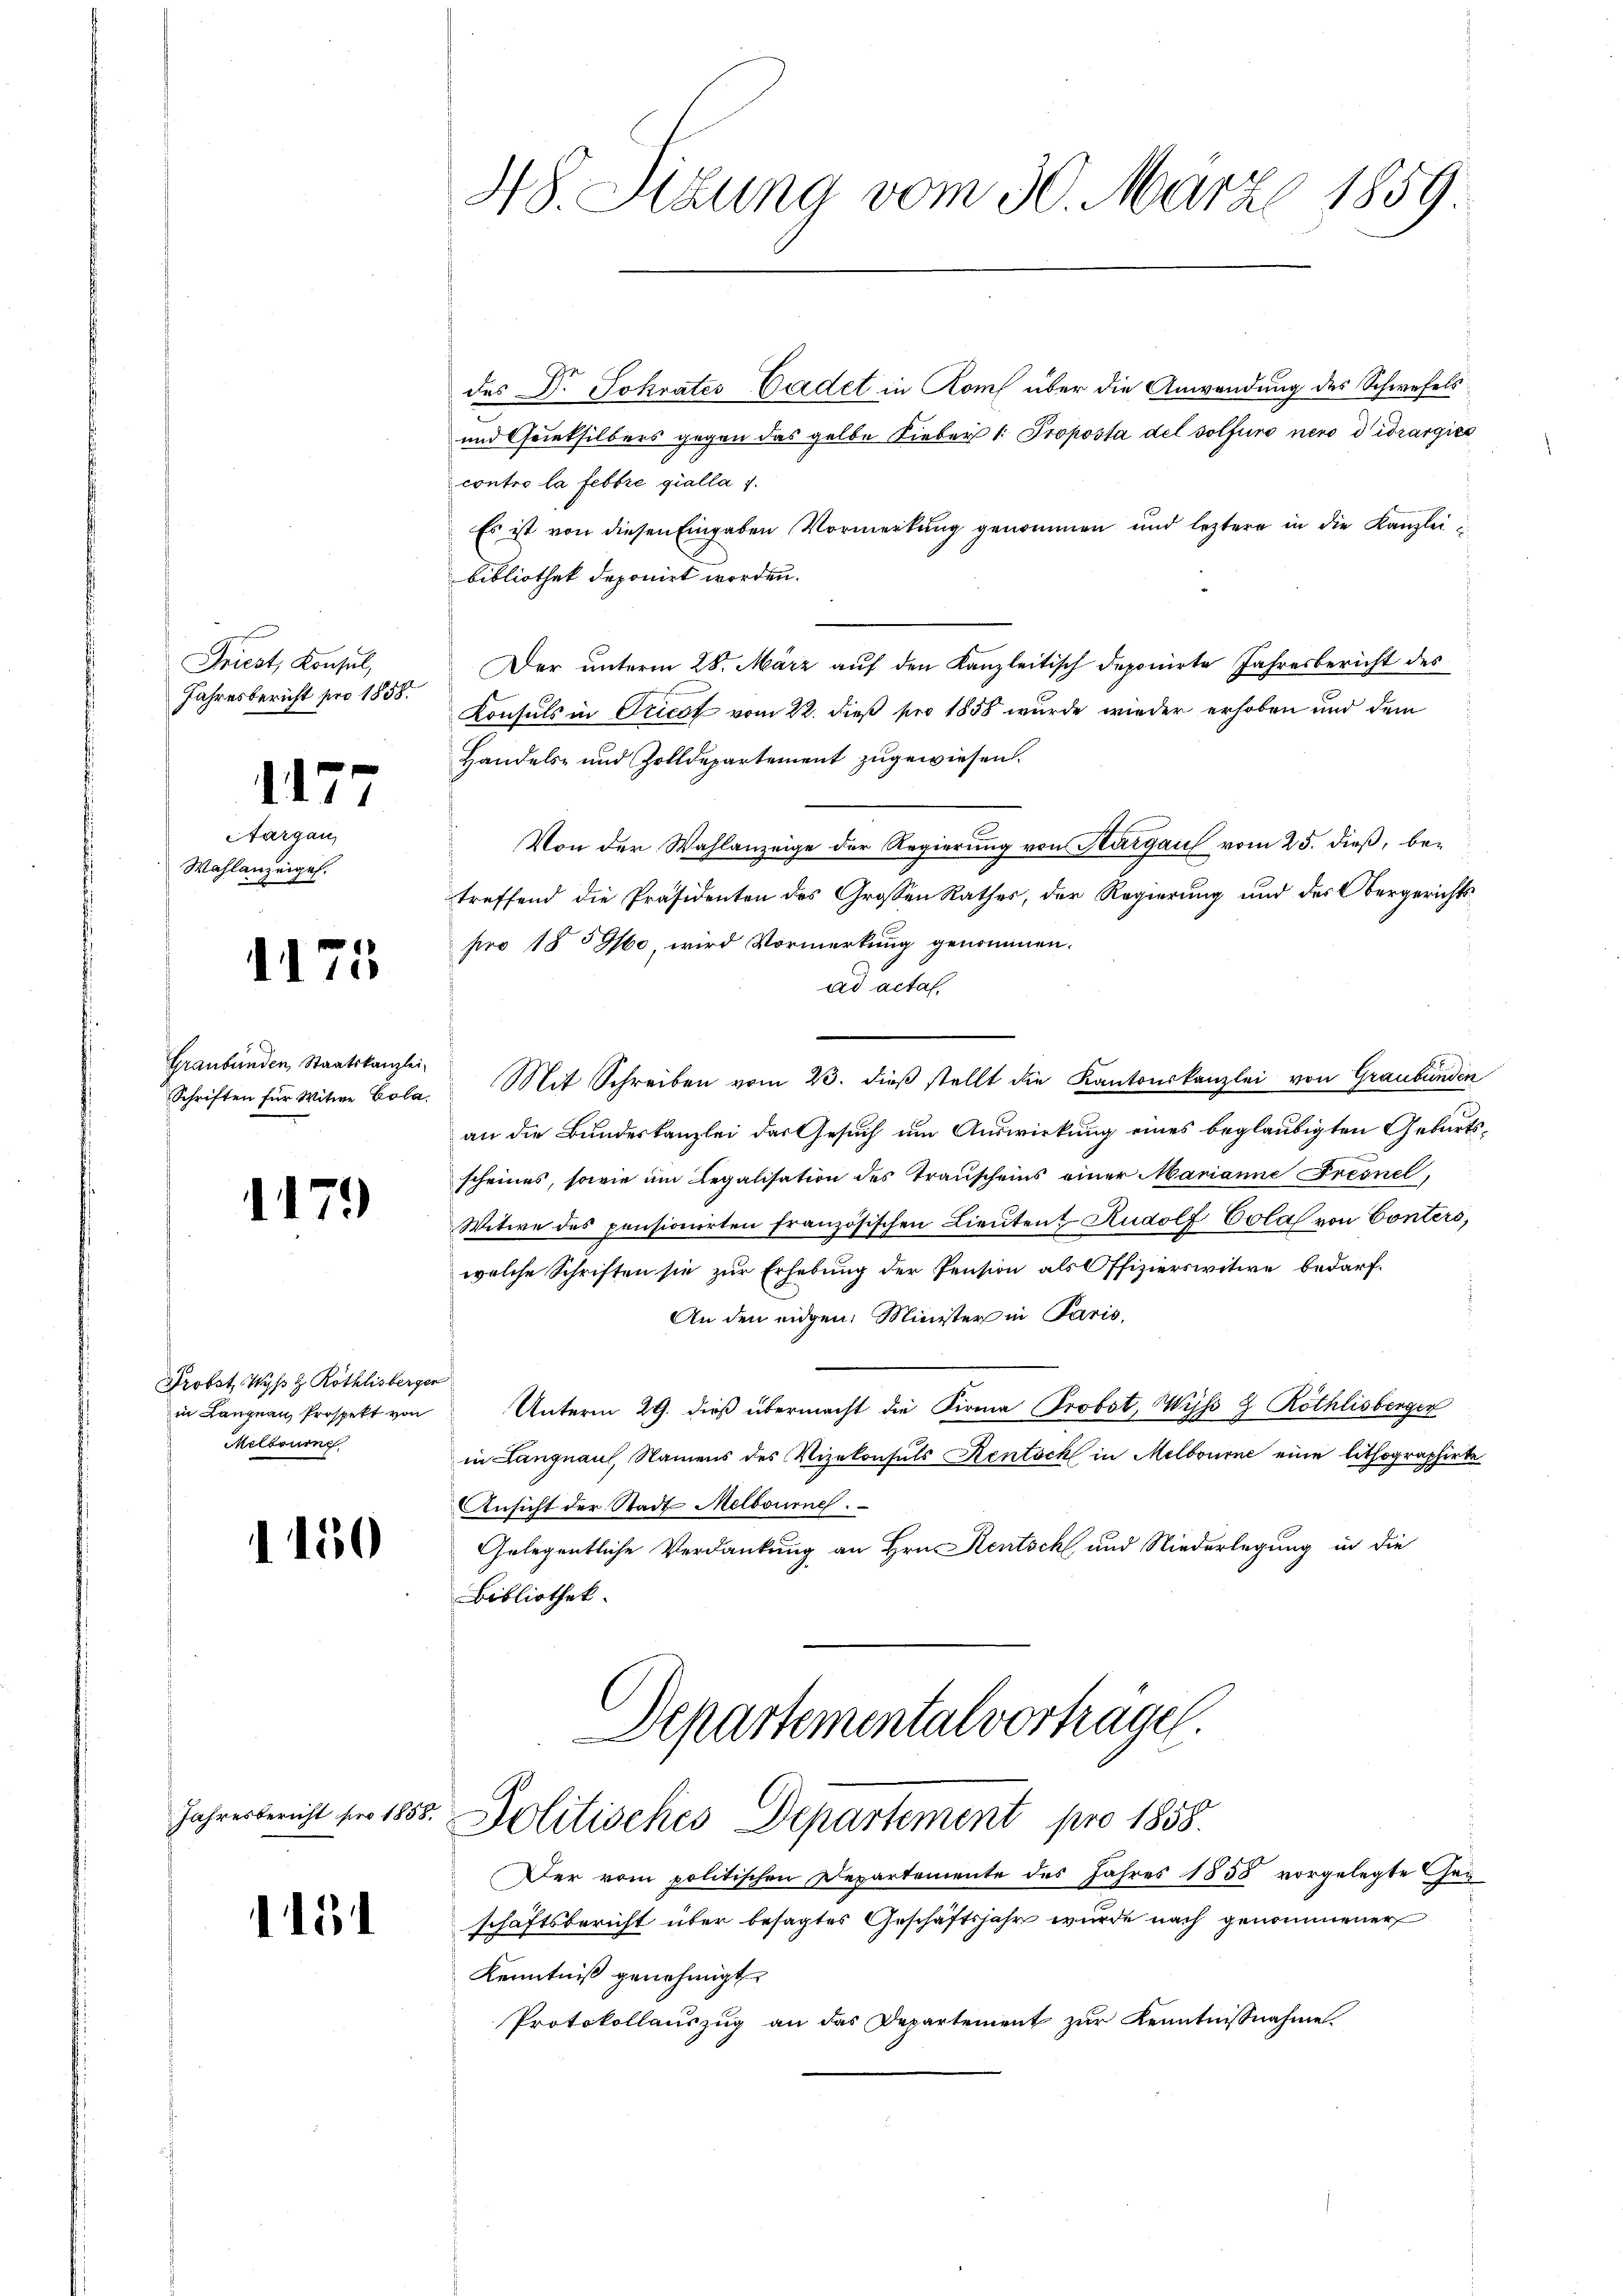
Friest, Konsul,
Jahresbericht pro 1858.

1177

Aargau,
Wahlanzeigel.

1175

Graubünden Staatskanzlei-
Schriften für Witwe Bola.

1179

Probst Wyß & Röthlisberger
in Langnau, Prospekt von
Melbourne

1150

Jahresbericht pro 1858.

154

48. Situng vom 30. März 1859

des Dr. Sokrates Cadet in Komf über die Anwendung des Schwefels
und Grieksilbers gegen das gelbe Lieber 1. Proposta del solfuro nero didrargies
contro la festre gialla 1.
Es ist von diesen Eingaben Vormerkung genommen und leztere in die Kanzlei
bibliothek deponirt worden.
Der unterm 28. März auf den Kanzleitisch deponirte Jahresbericht des
Konsuls in Tricot vom 22. dieß pro 1858 wurde wieder erhoben und dem
Handels- und Zolldepartement zugewiesen.
Von der Wahlanzeige der Regierung von Aargau vom 25. dieß, betreffend die Präsidenten des Grossen Rathes, der Regierung und des Obergerichtspro 185960, wird Vormerkung genommen.
ad acta
Mit Schreiben vom 23. dieß stellt die Kantonskanzlei von Graubünden
an die Bundeskanzlei des Gesuch um Auswirkung eines beglaubigten Geburtsscheines, sowie im Legalisation des Trauscheins einer Marianne Fresnel,
Witwe des pensionirten französischen Lieŭten Rudolf Colal von Conters,
welche Schriften sie zur Erhebung der Pension als Offizierswitwe bedarf.
An den eidgen. Minister in Paris,
Unterm 29. dieß übermacht die Firma (Probst, Wyß 8 Röthlisberger
in Langnau, Namens des Vizekonsuls Rentsch in Melbourne eine lithographirte
Ansicht der Stadt Melbourne.
Gelegentliche Verdankung an Hrn. Rentsch und Niederlegung in die
Bibliothek.

Departemental vorträgen.
Politisches Departement pro 1858.
Der vom politischen Departemente des Jahres 1858 vorgelegte Hau¬

schaftsbericht über besagtes Geschäftsjahr wurde nach genommener
Kenntniß genehmigt.
Protokollauszug an das Departement zur Kenntnisnahme.